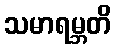
သမာရမ္ဘတိ